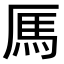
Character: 𫨑